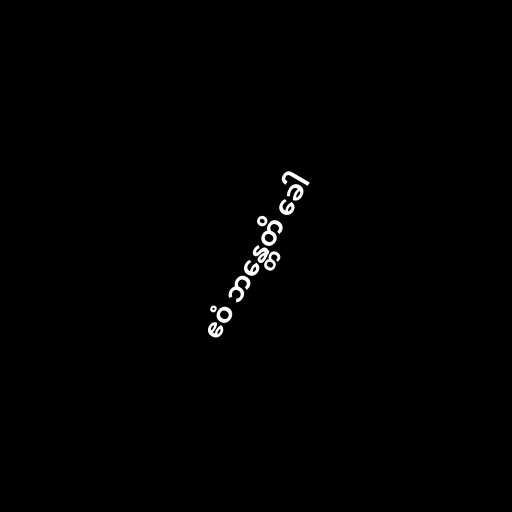
ဧဝံ ဘန္တေတိ ခေါ